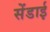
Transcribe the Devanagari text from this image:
सेंडाई